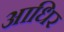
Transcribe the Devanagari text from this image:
आधिर